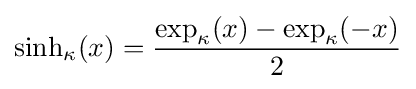
\sinh _{\kappa }(x)={\frac {\exp _{\kappa }(x)-\exp _{\kappa }(-x)}{2}}